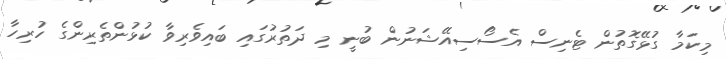
މިކަމާ ގުޅޭގޮތުން ޓެނިސް އެސޯސިއޭޝަނުން ބުނީ މި ދަތުރުގައި ބައިވެރިވާ ކުޅުންތެރިންގެ ހުރިހާ